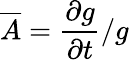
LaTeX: \overline{{A}}=\frac{\partial g}{\partial t}/g